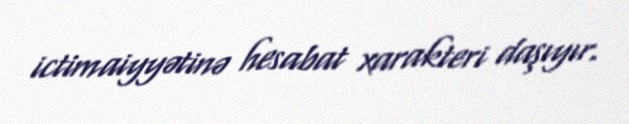
ictimaiyyətinə hesabat xarakteri daşıyır.